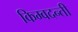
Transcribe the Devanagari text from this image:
किम्वदन्ती